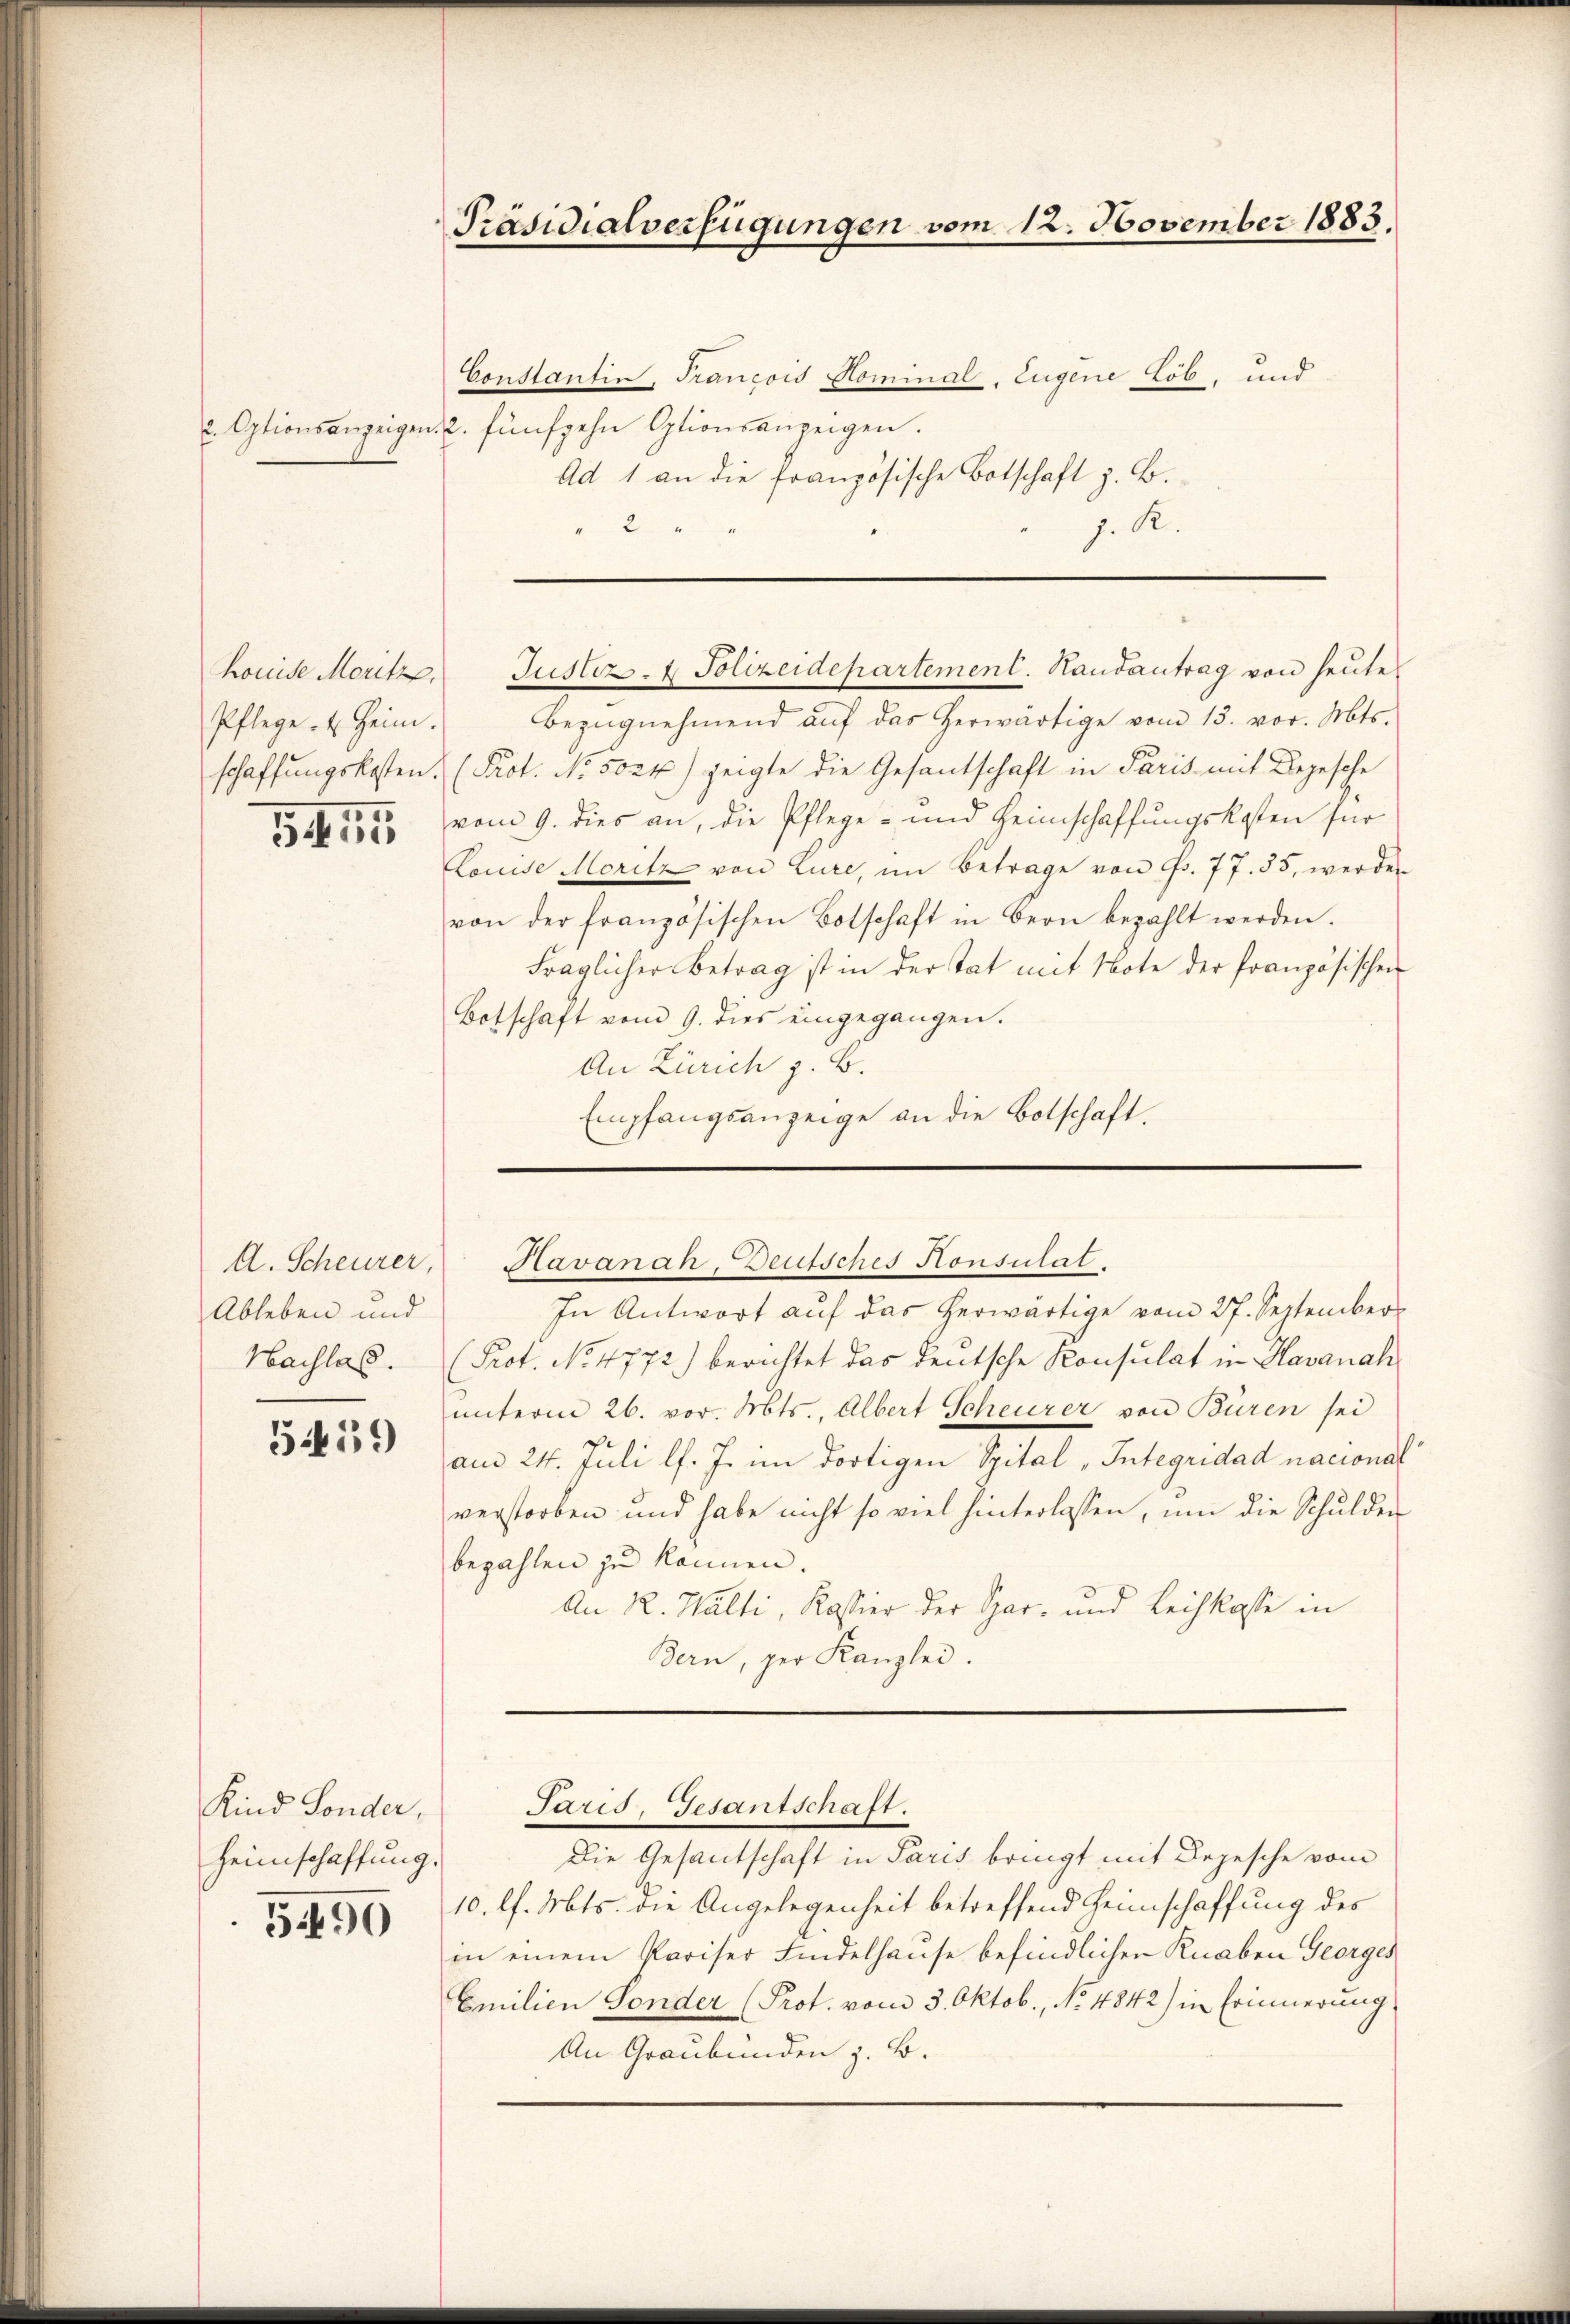
2. Optionsanzeigen.

Pflege u. Heim.

1455

Ableben und
Nachlas.

5459)

Kind Sonder,
Heimschaffung.
5490

Präsidialverfügungen vom 12. November 1883.

Bezŭgnehmend aŭf das herwärtige vom 13. vor. Mts.
schaffungskosten (Prot. No. 5024) zeigte die Gesantschaft in Paris mit Begesche
vom 9. dies an, die Pflege- und Heimschaffungskosten für
Louise Moritz von Lure, im Betrage von Fr. 77. 55, werden
von der französischen Botschaft in Bern bezahlt werden.
fraglicher Betrag ist in der Tat mit Note der französischen
Botschaft vom 9. dies eingegangen.
An Zürich z. B.
Empfangsanzeige an die Botschaft.

Constantin, Francois Hominal, Eugene Lob, und
2. fünfzehn Optionsanzeigen.
Ad 1 an die französische Botschaft z. B.
2
J. R.

Kouise Moritz Justiz- & Polizeidepartement. Handantrag von heŭte

A. Scheurer, Havanah, Deutsches Konsulat.

In Antwort auf das herwärtige vom 27. September
(Prot. No. 4772) berichtet das deutsche Konsulat in Havanahunterm 26. vor. Mts., Albert Scheurer von Buren sei
am 24. Juli l. J. im dortigen Spital, Integridad nacional
verstorben und habe nicht so viel hinterlassen, um die Schulden
bezahlen zu können.
An 22. Walti, Kassier der Spar- und Leihkasse in
Bern, per Kanzlei.

Die Gesantschaft in Paris bringt mit Depesche vom
10. l. Mts. die Angelegenheit betreffend Heimschaffung des
in einem Pariser Findelhause befindlichen Knaben Georges
Emilien Sonder (Prot. vom 3. Oktob., No 4842) in Erinnerung
An Graubünden z. B.

Paris, Gesantschaft.